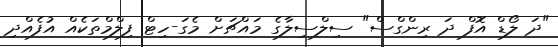
"ދަ ލޯޑް އޮފް ދަ ރިންގްސް" ސިލްސިލާގެ މައްޗަށް މެގަ-ހިޓް ފިލްމްތަކެއް އުފެއްދި